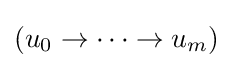
(u_{0}\rightarrow \cdots \rightarrow u_{m})